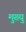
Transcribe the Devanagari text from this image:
मुख्यु